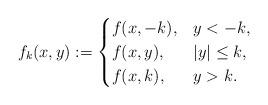
LaTeX: \begin{align*}f_{k}(x,y):=\begin{cases}f(x,-k), & y<-k,\\f(x,y), & |y|\le k,\\f(x,k), & y>k.\end{cases}\end{align*}